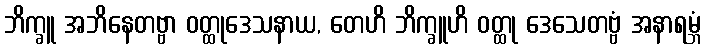
ဘိက္ခူ အဘိနေတဗ္ဗာ ဝတ္ထုဒေသနာယ, တေဟိ ဘိက္ခူဟိ ဝတ္ထု ဒေသေတဗ္ဗံ အနာရမ္ဘံ